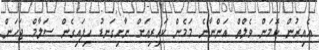
އެއިރުން ކޮމަން ވެލްތް އަންނާނެ މަމެން ކައިރިއަށް ނާށިގަނޑު ހިފައިގެން ސަލާމް ޖަހަން.